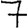
Digit: 7